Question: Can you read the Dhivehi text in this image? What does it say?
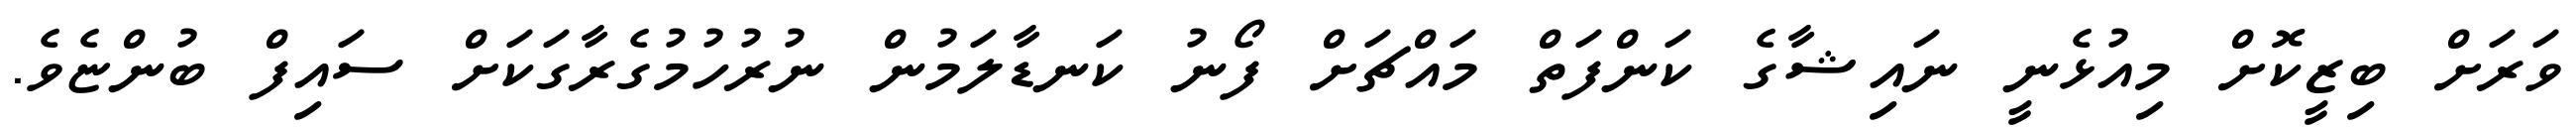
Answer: ވަރަށް ބިޒީކޮށް މިއުޅެނީ ނައިޝާގެ ކަންފަތް މައްޗަށް ފޯނު ކަނޑާލަމުން ނުރުހުމުގެރާގަކަށް ސައިފް ބުންޏެވެ.